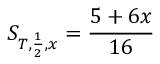
S _ { T , \frac { 1 } { 2 } , x } = \frac { 5 + 6 x } { 1 6 }